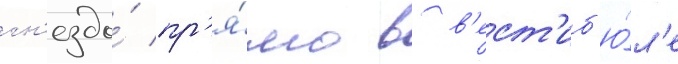
гн'ездо́ пр'я́мо в в'ест'иб'ю́л'е